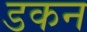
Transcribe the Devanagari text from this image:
डकन